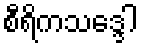
စီရိကသဒ္ဒေါ